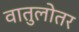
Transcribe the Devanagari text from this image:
वातुलोतर